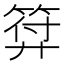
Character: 𭚚